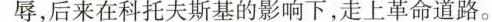
辱，后来在科托夫斯基的影响下，走上革命道路。